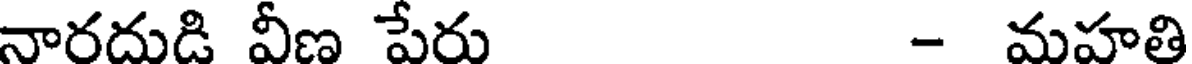
నారదుడి వీణ పేరు - మహతి